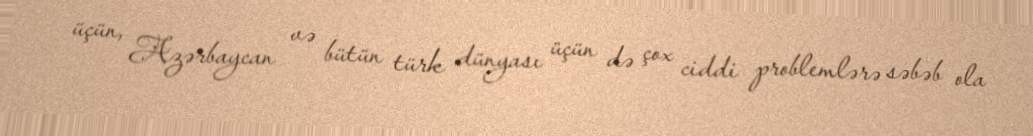
üçün, Azərbaycan və bütün türk dünyası üçün də çox ciddi problemlərə səbəb ola